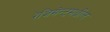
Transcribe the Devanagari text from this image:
रेजिमेन्टमधील